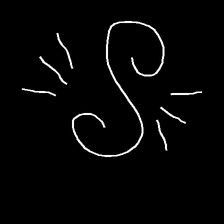
Glyph: wind-directs-air